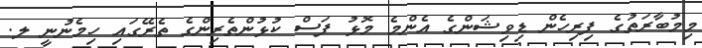
މިމުބާރަތުގެ ފިރިހެން ޑިވިޝަންގެ އެންމެ މޮޅު ފަސް ކުޅުންތެރިންގެ ތެރޭގައި ހިމެނުނީ ލ.